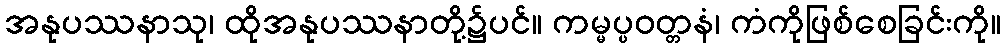
အနုပဿနာသု၊ ထိုအနုပဿနာတို့၌ပင်။ ကမ္မပ္ပဝတ္တနံ၊ ကံကိုဖြစ်စေခြင်းကို။